Report on malaria in the Punjab during the year ...  together with an account of the work of the Punjab Malaria Bureau - Volume 6
Disease focus: Malaria
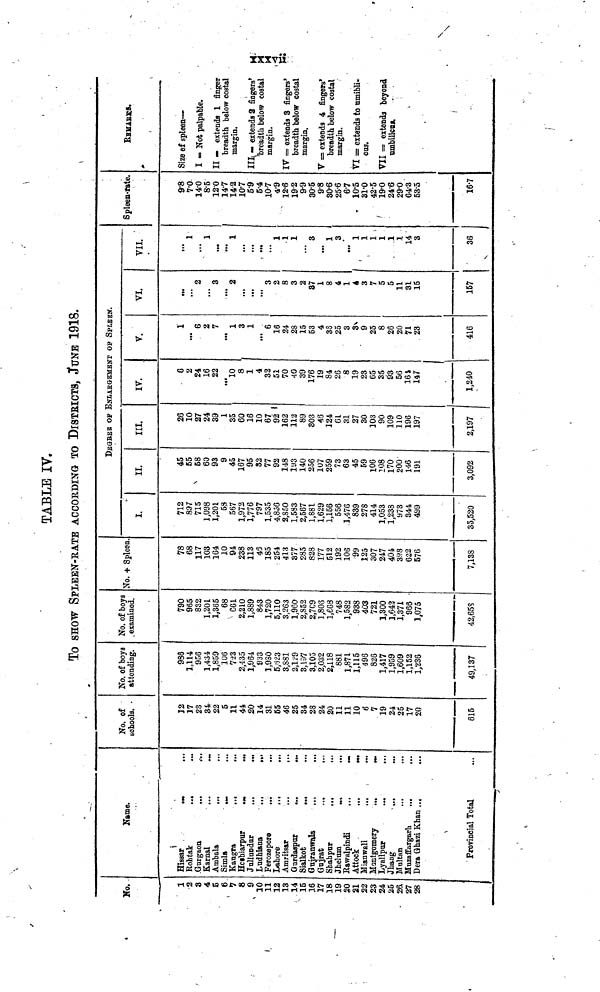
TABLE IV.
To SHOW SPLEEN-RATE ACCORDING TO DISTBICTS, JUNE 1918.
Ko.
1
2
3
4
5
6
•7
8
9
10
11
12
13
14
15
16
17
18
19
20
21
22
23
24
25
26.
27
28
Name.
Hissar
...
Rohtak
...
Gurgaon
...
Karnal
...
...
Ambala
...
Simla
...
Kangra
...
...
Hcshiarpur
...
...
Jallundar
...
...
Ludhiana
... ...
Ferozepore ... ...
Lahore
...
...
Amritsar
...
...
Gurdaspur
...
...
Sialkot
Gujranwaja
...
Gujrat ... ...
Shahpur
...
...
Jhelum
...
...
Rawalpindi
...
...
Attock
...
....
Mianwali
...
...
Montgomery
...
...
Lyallpur
...
...
Jhang
...
...
Multan
Muzaffargarh
... ...
Dera Ghazi Khan
...
...
Provincial Total ...
No. of
schools.
32
17
23
34
22
5
11
44
20
14
31
55
46
25
34
28
24
20
11
11
10
6
7
19
24
25
17
20
615
No. of boya
attending.
988
1,114
956
1,434
1,859
106
723
2,435
1,964
S33
1,930
5,623
3,S81
2,129
3,137
3,105
2,032
2,118
881
1,871
1,115
496
826
1,417
1,959
1,609
1,152
1,236
49,137
No. of boys
examined.
790
965
832
1,201
1,365
68
661
2,210
1,889
843
1,720
5,110
3,263
1,960
2,S52
2.709
1,806
1,668
748
1,582
938
403
721
1,300
1,642
1,371
966
1,075
42,65S
No. + Spleen
78
68
117
103
164
10
94
238
113
46
185
254
413
377
285
828
177
512
192
106
125
307
247
404
398
622
576
7,138
DEGREE OF ENLARGEMENT OF SPLEEN.
I.
712
897
715
1,098
1,201
58
567
1,972
1,776
797
1,535
4,856
2,S50
1,583
2,567
1,881
1,629
1,156
556
1,476
839
278
414
1,053
1,238
973
344
499
35,520
II.
45
55
58
60
93
9
45
167
95
32
77
92
148
193
140
256
107
259
73
63
45
59
106
108
170
200
146
191
3,092
III.
26
10
27
24
39
1
35
60
16
10
67
92
162
112
89
303
46
124
61
31
27
30
103
90
109
110
196
197
2,197
IV..
6
2
24
16
22
...
10
8
1
4
33
51
70
40
39
176
19
84
26
8
19
23
65
35
93
56
161
147
1,240
V.
1
...
6
2
7
...
1
3
1
...
6
16
24
28
15
53
4
36
25
3
3
9
25
8
26
20
71
23
416
VI.
...
2
...
3
...
2
...
...
...
3
2
8
3
2
87
1
8
4
1
4
3
7
5
5
11
31
15
157
VII.
1
...
1
...
...
1
...
...
...
...
1
1
1
...
3
...
1
3
...
1
1
1
1
1
1
14
3
36
Spleen-fate.
9.8
7.0-
14.0
8.5
120
14.7
142
10.7
5.9
5.4
10.7
4.9
12.6
19.2
9.9
30.5
9.8
30.6
25.6
67
10.5
31.0
42.5
19.0
24-6
29.0
64.3
53.5
16.7
REMARKS..
Size of spleen—
I = Not palpable.
II - extends 1 finger
breadth below costal
margin.
III\- extends 2 fingers'
breadth below costal
margin.
IV = extends 3 fingers'
breadth below costal
margin.
V = extends 4 fingers'
breadth below costal
margin.
VI s= extends to umiblis
CUS.
VII = extends beyond
umbilical.